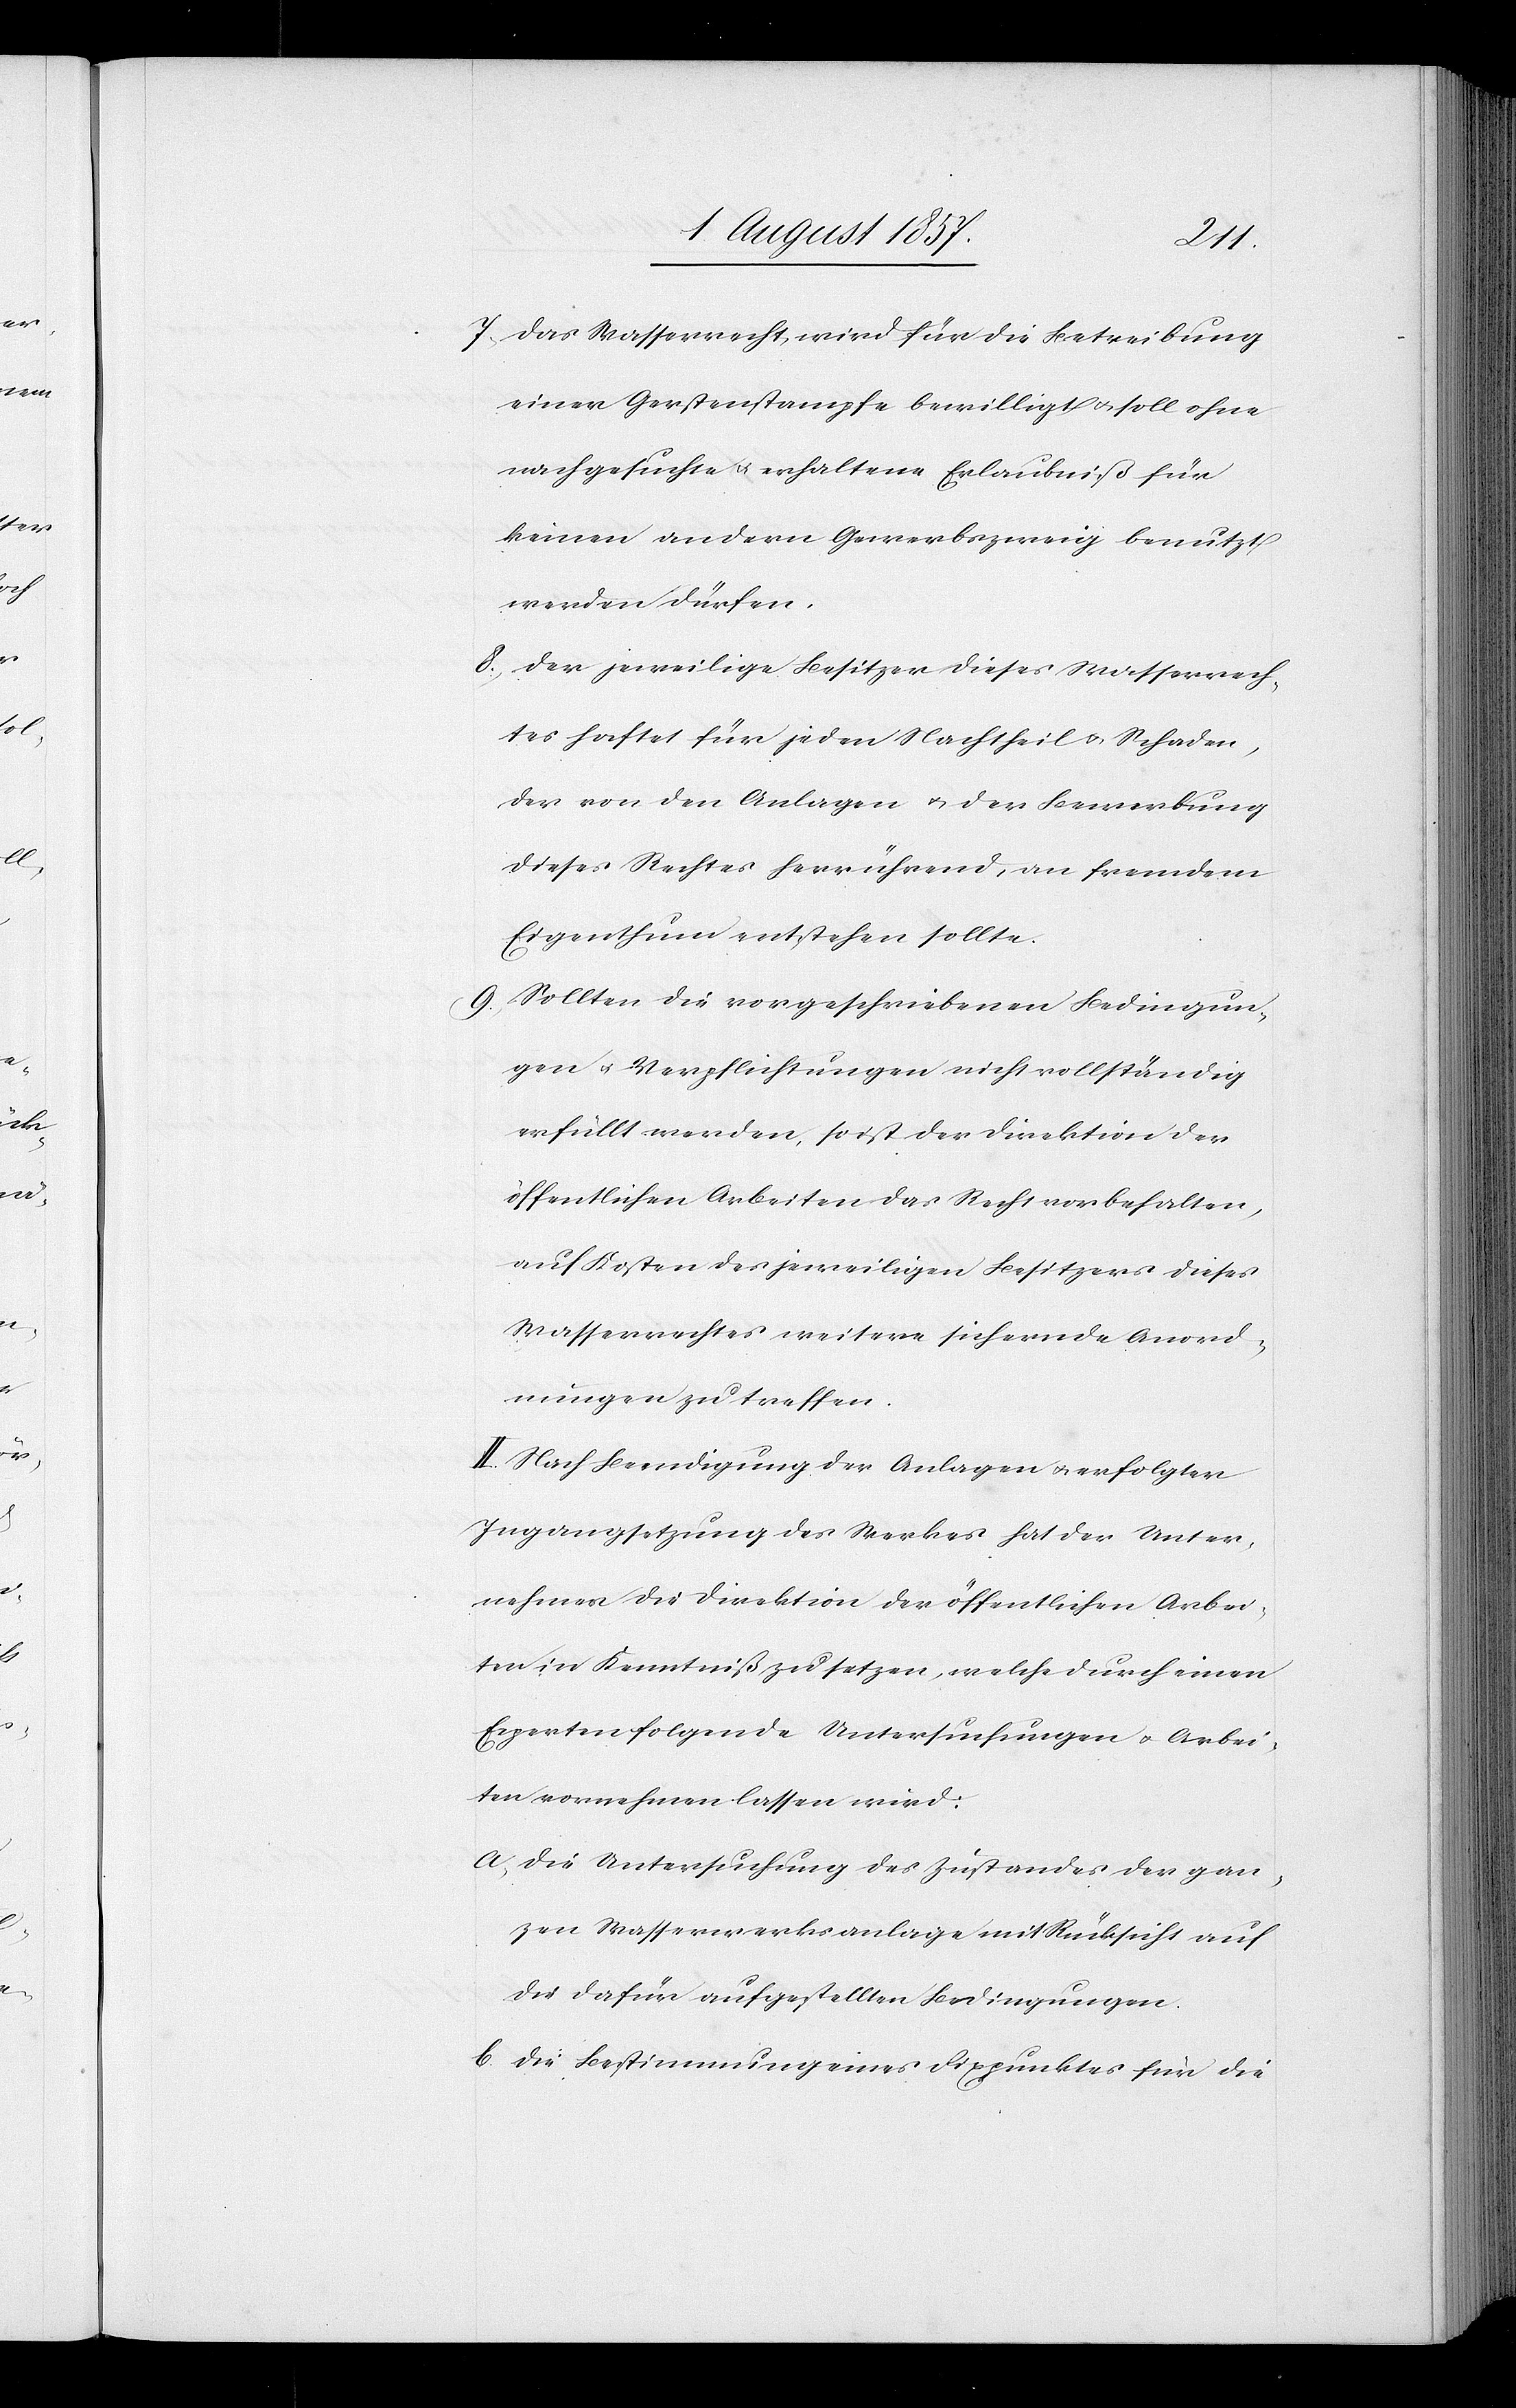
7. Das Wasserrecht wird für die Betreibung
einer Gerstenstampfe bewilligt & soll ohne
nachgesuchte & erhaltene Erlaubniß für
keinen andern Gewerbszweig benutzt
werden dürfen.
8. Der jeweilige Besitzer dieses Wasserrech¬
tes haftet für jeden Nachtheil & Schaden,
der von den Anlagen & der Bewerbung
dieses Rechtes herrührend, an fremdem
Eigenthum entstehen sollte.
9. Sollten die vorgeschriebenen Bedingun¬
gen & Verpflichtungen nicht vollständig
erfüllt werden, so ist der Direktion der
öffentlichen Arbeiten das Recht vorbehalten,
auf Kosten des jeweiligen Besitzers dieses
Wasserrechtes weitere sichernde Anord¬
nungen zu treffen.
II. Nach Beendigung der Anlagen & erfolgter
Ingangsetzung des Werkes hat der Unter¬
nehmer die Direktion der öffentlichen Arbei¬
ten in Kenntniß zu setzen, welche durch einen
Experten folgende Untersuchungen & Arbei¬
ten vornehmen lassen wird:
a. Die Untersuchung des Zustandes der gan¬
zen Wasserwerksanlage mit Rücksicht auf
die dafür aufgestellten Bedingungen.
b. Die Bestimmung eines Fixpunktes für die